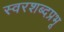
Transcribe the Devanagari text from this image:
स्वरशब्दप्रभू